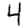
Digit: 4